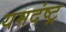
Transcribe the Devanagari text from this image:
यमदंष्ट्र